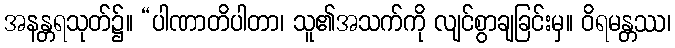
အနန္တရသုတ်၌။ “ပါဏာတိပါတာ၊ သူ၏အသက်ကို လျင်စွာချခြင်းမှ။ ဝိရမန္တဿ၊